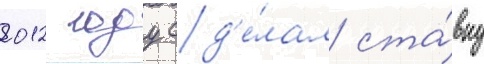
2012 году сд'е́лал ста́вку